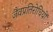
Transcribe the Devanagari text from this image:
जैवप्रतिरोधियों